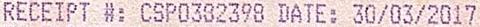
RECEIPT #: CSP0382398 DATE: 30/03/2017